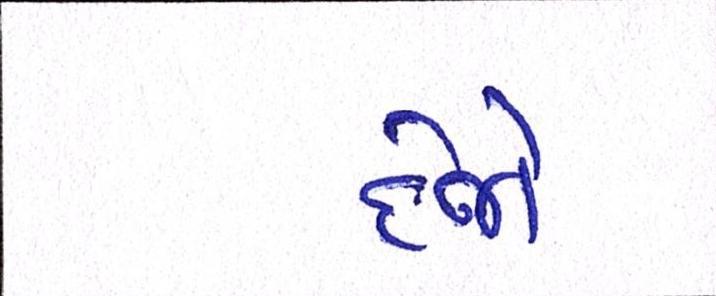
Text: દેજો